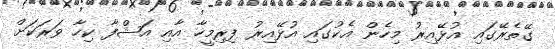
ގޭތެރޭގައި އުޅޭއިރު މިހެން އެކުގައި އުޅޭއިރު ފިރިމީހާ އާއި އަޝްފާ ކިހާ ވަރަކަށް